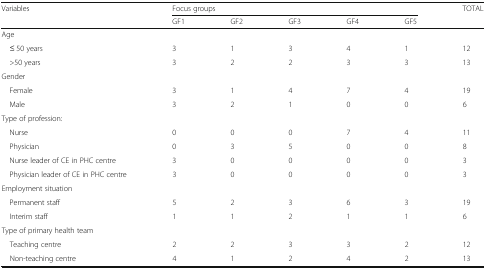
<table><thead><tr><td><b>Variables</b></td><td colspan="5"><b>Focus groups</b></td><td><b>TOTAL</b></td></tr><tr><td></td><td><b>GF1</b></td><td><b>GF2</b></td><td><b>GF3</b></td><td><b>GF4</b></td><td><b>GF5</b></td><td></td></tr></thead><tbody><tr><td colspan="7">Age</td></tr><tr><td> ≤ 50 years</td><td>3</td><td>1</td><td>3</td><td>4</td><td>1</td><td>12</td></tr><tr><td> &gt;50 years</td><td>3</td><td>2</td><td>2</td><td>3</td><td>3</td><td>13</td></tr><tr><td colspan="7">Gender</td></tr><tr><td> Female</td><td>3</td><td>1</td><td>4</td><td>7</td><td>4</td><td>19</td></tr><tr><td> Male</td><td>3</td><td>2</td><td>1</td><td>0</td><td>0</td><td>6</td></tr><tr><td colspan="7">Type of profession:</td></tr><tr><td> Nurse</td><td>0</td><td>0</td><td>0</td><td>7</td><td>4</td><td>11</td></tr><tr><td> Physician</td><td>0</td><td>3</td><td>5</td><td>0</td><td>0</td><td>8</td></tr><tr><td> Nurse leader of CE in PHC centre</td><td>3</td><td>0</td><td>0</td><td>0</td><td>0</td><td>3</td></tr><tr><td> Physician leader of CE in PHC centre</td><td>3</td><td>0</td><td>0</td><td>0</td><td>0</td><td>3</td></tr><tr><td colspan="7">Employment situation</td></tr><tr><td> Permanent staff</td><td>5</td><td>2</td><td>3</td><td>6</td><td>3</td><td>19</td></tr><tr><td> Interim staff</td><td>1</td><td>1</td><td>2</td><td>1</td><td>1</td><td>6</td></tr><tr><td colspan="7">Type of primary health team</td></tr><tr><td> Teaching centre</td><td>2</td><td>2</td><td>3</td><td>3</td><td>2</td><td>12</td></tr><tr><td> Non-teaching centre</td><td>4</td><td>1</td><td>2</td><td>4</td><td>2</td><td>13</td></tr></tbody></table>